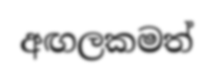
අඟලකමත්